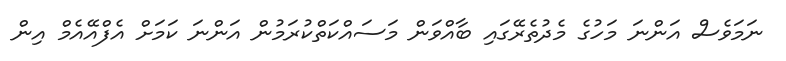
ނަމަވެސް އަންނަ މަހުގެ މެދުތެރޭގައި ބާއްވަން މަސައްކަތްކުރަމުން އަންނަ ކަމަށް އެފްއޭއެމް އިން